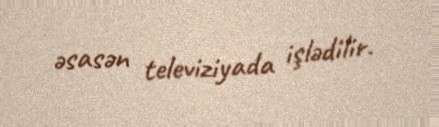
əsasən televiziyada işlədilir.